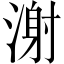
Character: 㴬